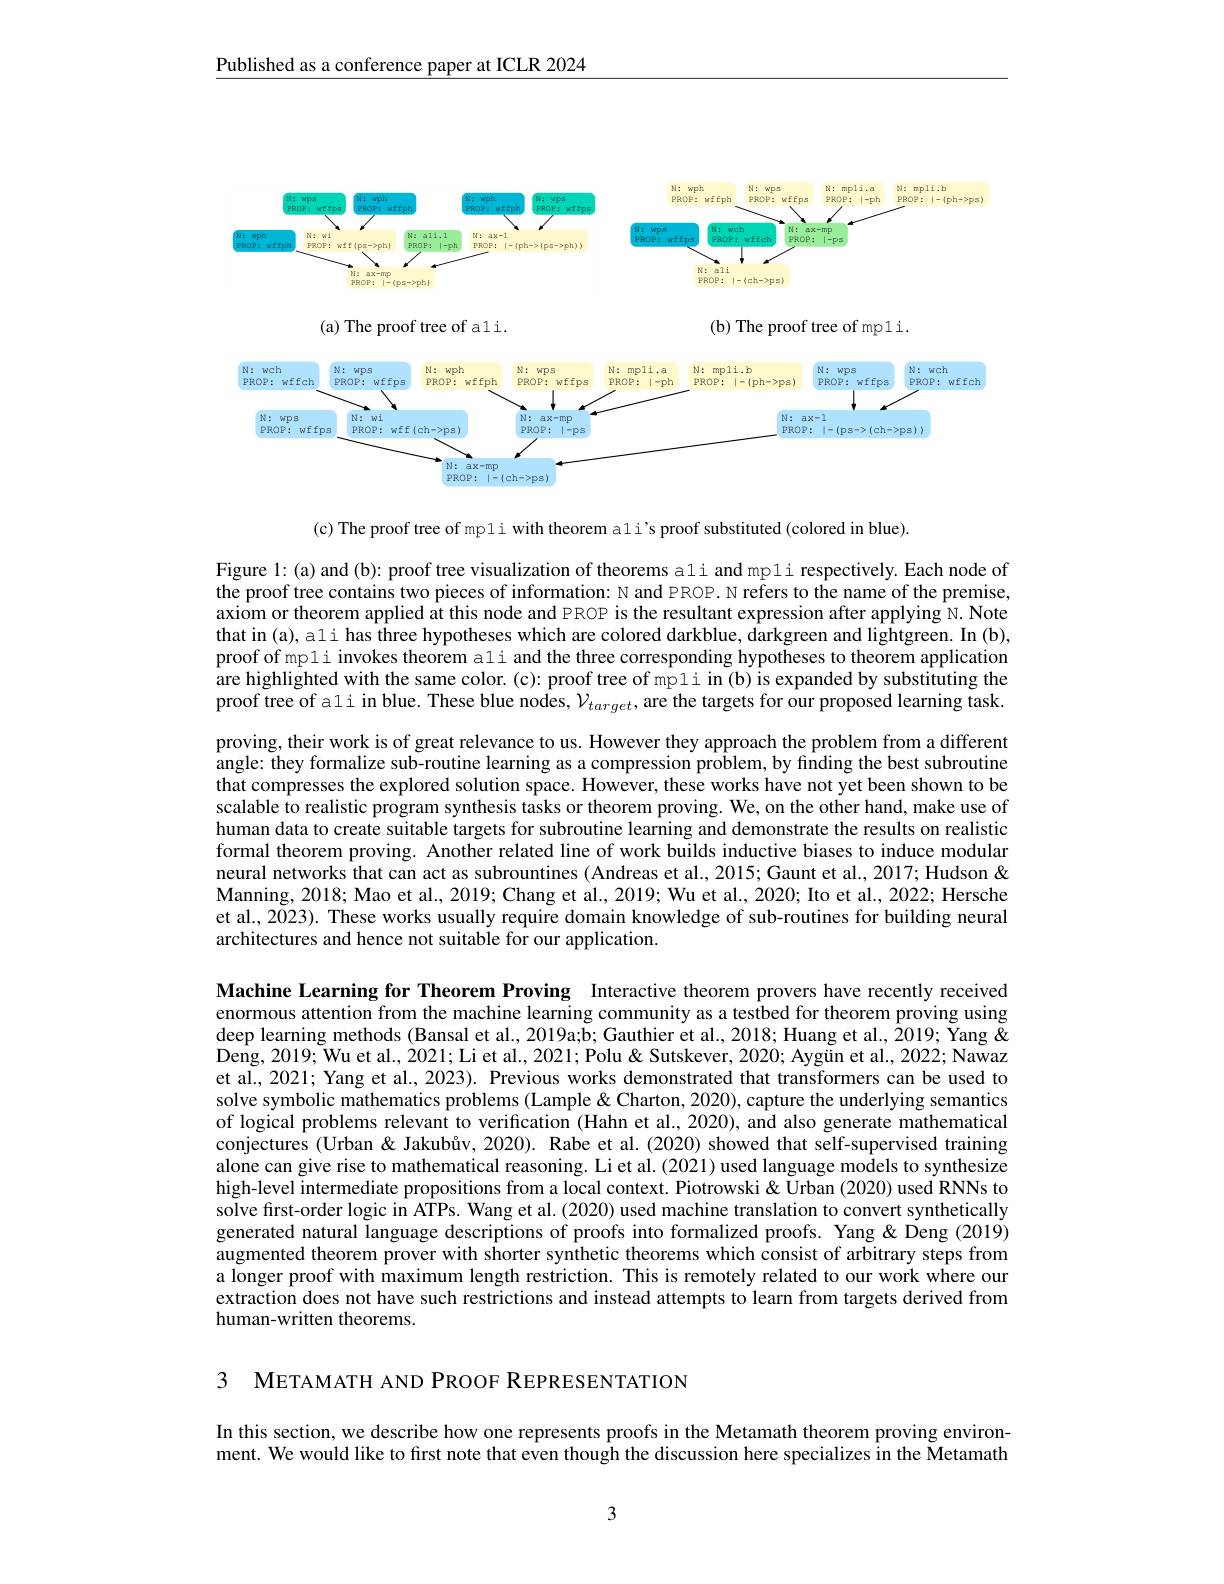
Published as a conference paper at ICLR 2024

<FigureHere>

(c) The proof tree of mpli with theorem ali's proof substituted (colored in blue).

Figure 1: (a) and (b): proof tree visualization of theorems ali and mpli respectively. Each node of the proof tree contains two pieces of information: N and PROP. N refers to the name of the premise, axiom or theorem applied at this node and PROP is the resultant expression after applying N. Note that in (a), ali has three hypotheses which are colored darkblue, darkgreen and lightgreen. In (b), proof of mpli invokes theorem ali and the three corresponding hypotheses to theorem application are highlighted with the same color. (c): proof tree of mpli in (b) is expanded by substituting the proof tree of ali in blue. These blue nodes, $\mathcal{V}_{target}$,are the targets for our proposed learning task. proving, their work is of great relevance to us. However they approach the problem from a different angle: they formalize sub-routine learning as a compression problem, by finding the best subroutine that compresses the explored solution space. However, these works have not yet been shown to be scalable to realistic program synthesis tasks or theorem proving. We, on the other hand, make use of human data to create suitable targets for subroutine learning and demonstrate the results on realistic formal theorem proving. Another related line of work builds inductive biases to induce modular neural networks that can act as subrountines (Andreas et al., 2015; Gaunt et al., 2017; Hudson & Manning, 2018; Mao et al., 2019; Chang et al., 2019; Wu et al., 2020; Ito et al., 2022; Hersche et al., 2023). These works usually require domain knowledge of sub-routines for building neural architectures and hence not suitable for our application.

Machine Learning for Theorem Proving Interactive theorem provers have recently received enormous attention from the machine learning community as a testbed for theorem proving using deep learning methods (Bansal et al., 2019a;b; Gauthier et al., 2018; Huang et al., 2019; Yang & $\hat{\text{Deng, 2019; Wu et al., 2021; Li et al., 2021; Polu }\&}$ Sutskever, 2020; Aygün et al., 2022; Nawaz et al., 2021; Yang et al., 2023). Previous works demonstrated that transformers can be used to solve symbolic mathematics problems (Lample& Charton, 2020), capture the underlying semantics of logical problems relevant to verification (Hahn et al., 2020), and also generate mathematical conjectures (Urban & Jakubåv, 2020). Rabe et al.(2020) showed that self-supervised training alone can give rise to mathematical reasoning. Li et al.(2021) used language models to synthesize high-level intermediate propositions from a local context. Piotrowski& Urban (2020) used RNNs to solve first-order logic in ATPs. Wang et al. (2020) used machine translation to convert synthetically generated natural Ianguage descriptions of proofs into formalized proofs. Yang &Deng (2019) augmented theorem prover with shorter synthetic theorems which consist of arbitrary steps from a longer proof with maximum length restriction. This is remotely related to our work where our extraction does not have such restrictions and instead attempts to learn from targets derived from human-written theorems.

3 METAMATH AND PROOF REPRESENTATION

In this section, we describe how one represents proofs in the Metamath theorem proving environment. We would like to first note that even though the discussion here specializes in the Metamath

3